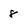
Character: 8